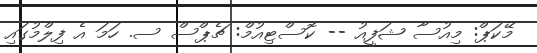
މޭކަޕް: މިއުސާ ޝަފީއު -- ކޮސްޓިއުމް: ޗެޕްސް ސ. ހަމަ އެ ފިލްމުގައި